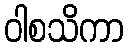
ဝါစသိကာ